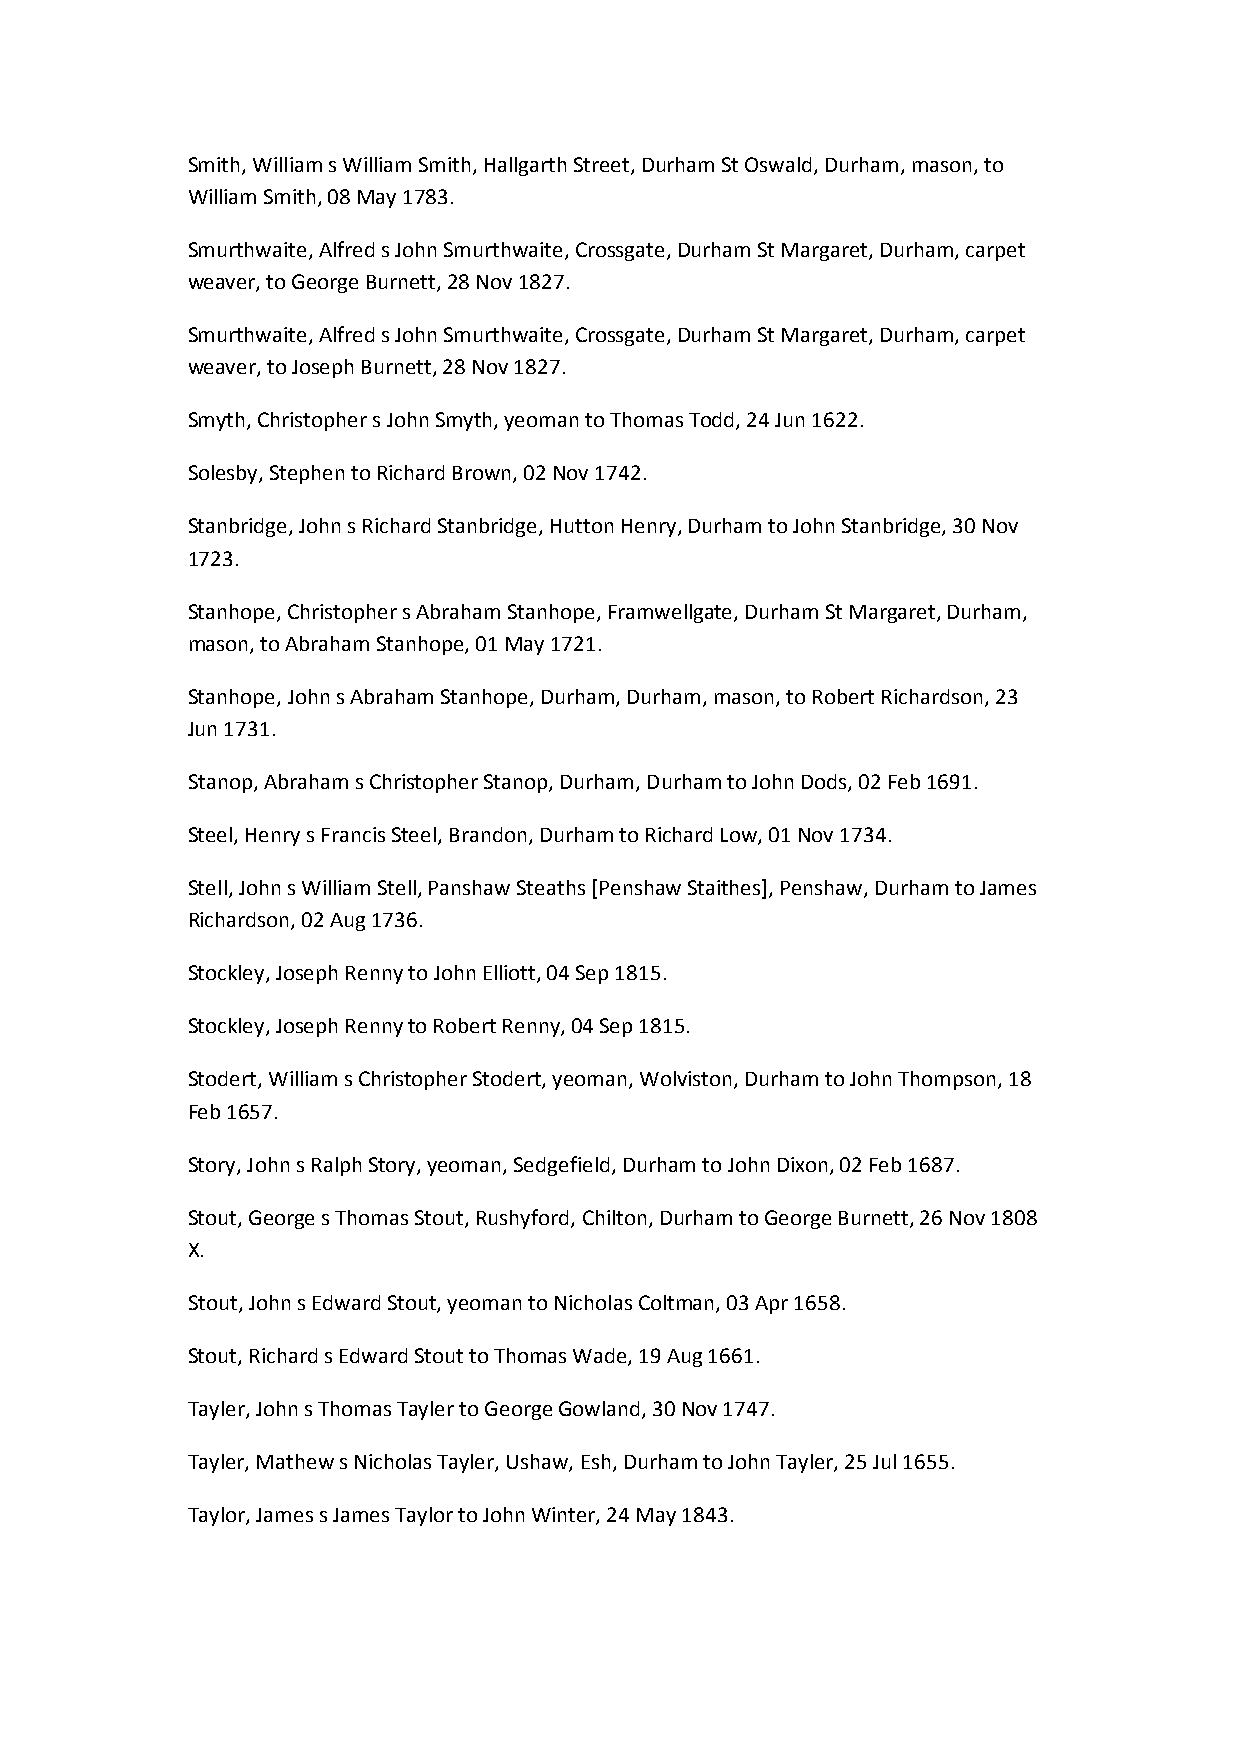
Smith, William s William Smith, Hallgarth Street, Durham St Oswald, Durham, mason, to
 William Smith, 08 May 1783.
 Smurthwaite, Alfred s John Smurthwaite, Crossgate, Durham St Margaret, Durham, carpet
 weaver, to George Burnett, 28 Nov 1827.
 Smurthwaite, Alfred s John Smurthwaite, Crossgate, Durham St Margaret, Durham, carpet
 weaver, to Joseph Burnett, 28 Nov 1827.
 Smyth, Christopher s John Smyth, yeoman to Thomas Todd, 24 Jun 1622.
 Solesby, Stephen to Richard Brown, 02 Nov 1742.
 Stanbridge, John s Richard Stanbridge, Hutton Henry, Durham to John Stanbridge, 30 Nov
 1723.
 Stanhope, Christopher s Abraham Stanhope, Framwellgate, Durham St Margaret, Durham,
 mason, to Abraham Stanhope, 01 May 1721.
 Stanhope, John s Abraham Stanhope, Durham, Durham, mason, to Robert Richardson, 23
 Jun 1731.
 Stanop, Abraham s Christopher Stanop, Durham, Durham to John Dods, 02 Feb 1691.
 Steel, Henry s Francis Steel, Brandon, Durham to Richard Low, 01 Nov 1734.
 Stell, John s William Stell, Panshaw Steaths [Penshaw Staithes], Penshaw, Durham to James
 Richardson, 02 Aug 1736.
 Stockley, Joseph Renny to John Elliott, 04 Sep 1815.
 Stockley, Joseph Renny to Robert Renny, 04 Sep 1815.
 Stodert, William s Christopher Stodert, yeoman, Wolviston, Durham to John Thompson, 18
 Feb 1657.
 Story, John s Ralph Story, yeoman, Sedgefield, Durham to John Dixon, 02 Feb 1687.
 Stout, George s Thomas Stout, Rushyford, Chilton, Durham to George Burnett, 26 Nov 1808
 X.
 Stout, John s Edward Stout, yeoman to Nicholas Coltman, 03 Apr 1658.
 Stout, Richard s Edward Stout to Thomas Wade, 19 Aug 1661.
 Tayler, John s Thomas Tayler to George Gowland, 30 Nov 1747.
 Tayler, Mathew s Nicholas Tayler, Ushaw, Esh, Durham to John Tayler, 25 Jul 1655.
 Taylor, James s James Taylor to John Winter, 24 May 1843.